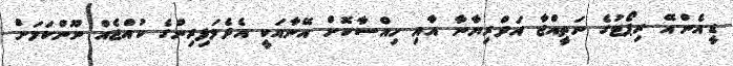
ޑީ.އެން.އޭ ރިޕޯޓުގެ ނަތީއްޖާ އަދްރިޔާނާ އާއި ހިއްސާކޮށް އޭނާއަކީ އެދެމަފިރިންގެ ކުއްޖެއް ނޫންކަމަށް